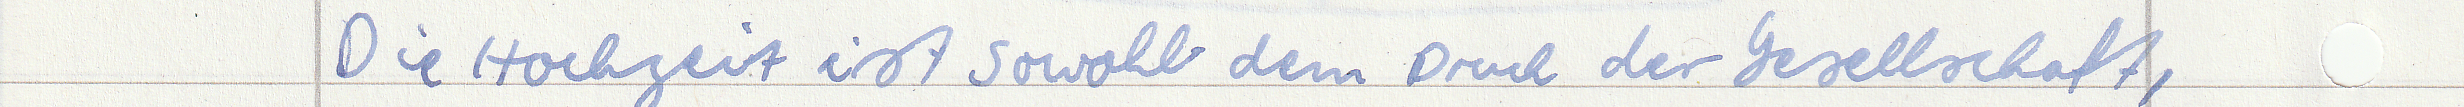
Die Hochzeit ist sowohl dem Druck der Gesellschaft,